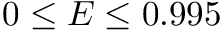
0 \le E \le 0 . 9 9 5